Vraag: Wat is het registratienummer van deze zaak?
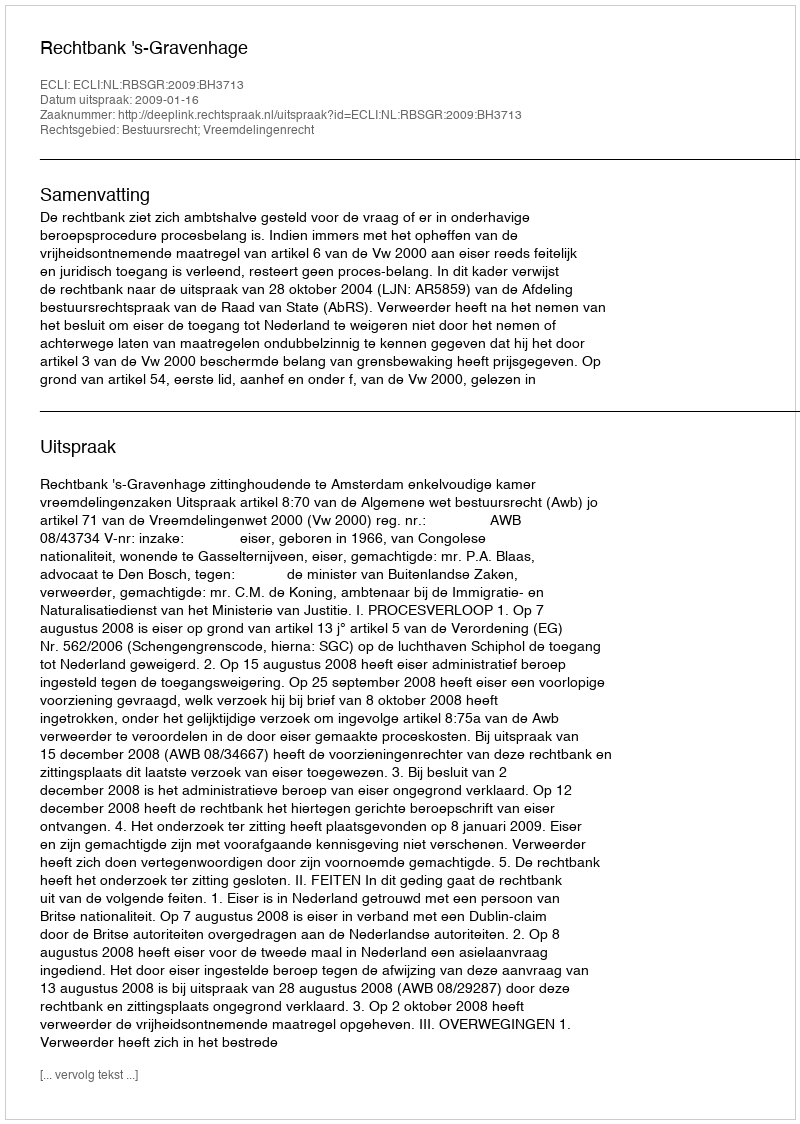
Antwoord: http://deeplink.rechtspraak.nl/uitspraak?id=ECLI:NL:RBSGR:2009:BH3713